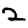
Digit: 2